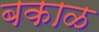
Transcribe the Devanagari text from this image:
बकाळ